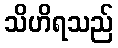
သိဟိရသည်